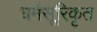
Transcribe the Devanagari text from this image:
धर्मसूरिकृत